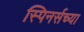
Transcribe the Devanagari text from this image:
स्पिनर्सच्या